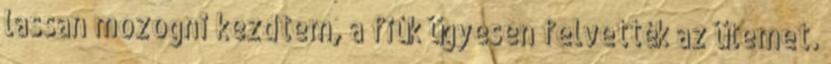
lassan mozogni kezdtem, a fiúk ügyesen felvették az ütemet.